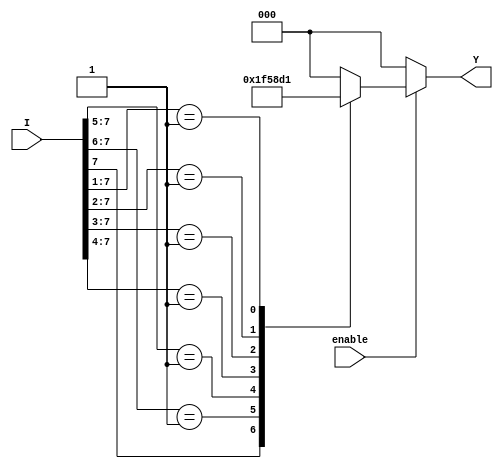
module encoder_8to3 (
    input wire [7:0] I,      // 8 input lines
    input wire enable,       // Enable input
    output reg [2:0] Y       // 3-bit output
);

always @(*) begin
    if (!enable) begin
        Y = 3'b000;          // Default output when not enabled
    end else begin
        casez (I)            // Use casez to handle don't care conditions
            8'b1??????? : Y = 3'b111; // I7 active
            8'b01?????? : Y = 3'b110; // I6 active
            8'b001????? : Y = 3'b101; // I5 active
            8'b0001???? : Y = 3'b100; // I4 active
            8'b00001??? : Y = 3'b011; // I3 active
            8'b000001?? : Y = 3'b010; // I2 active
            8'b0000001? : Y = 3'b001; // I1 active
            8'b00000001 : Y = 3'b000; // I0 active
            default     : Y = 3'b000; // All inputs inactive
        endcase
    end
end

endmodule